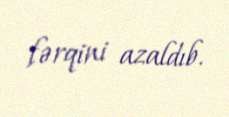
fərqini azaldıb.